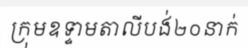
ក្រុមឧទ្ទាមតាលីបង់២០នាក់